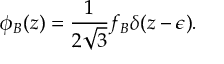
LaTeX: \phi _ { B } ( z ) = \frac { 1 } { 2 \sqrt { 3 } } f _ { B } \delta ( z - \epsilon ) .